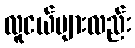
လူငယ်များလည်း